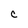
Character: C